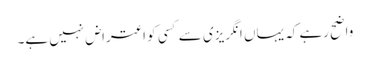
واضح رہے کہ یہاں انگریزی سے کسی کو اعتراض نہیں ہے۔